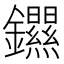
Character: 𫓣